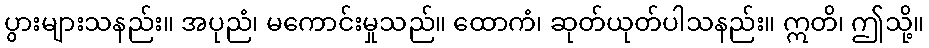
ပွားများသနည်း။ အပုညံ၊ မကောင်းမှုသည်။ ထောကံ၊ ဆုတ်ယုတ်ပါသနည်း။ ဣတိ၊ ဤသို့။